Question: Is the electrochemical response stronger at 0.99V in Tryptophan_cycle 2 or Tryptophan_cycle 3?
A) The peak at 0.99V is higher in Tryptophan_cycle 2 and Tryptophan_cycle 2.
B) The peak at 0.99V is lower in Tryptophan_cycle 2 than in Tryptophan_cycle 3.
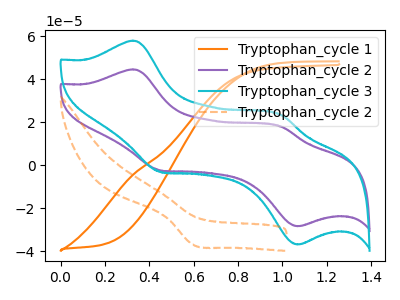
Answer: <think>The orange curve "Tryptophan_cycle 1" has no peaks. The purple curve "Tryptophan_cycle 2" has anodic peaks at (0.35V, 44.60uA) (1.00V, 17.95uA) and cathodic peaks at (0.45V, -2.40uA) (1.05V, -28.40uA). The cyan curve "Tryptophan_cycle 3" has anodic peaks at (0.35V, 58.00uA) (1.00V, 23.35uA) and cathodic peaks at (0.45V, -3.15uA) (1.05V, -36.90uA). The orange dashed curve "Tryptophan_cycle 2" has a cathodic peak at: (0.60V, -36.90uA).</think>
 <answer>B) The peak at 0.99V is lower in "Tryptophan_cycle 2" than in "Tryptophan_cycle 3".</answer>
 <eval>B</eval>